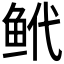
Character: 𬶌